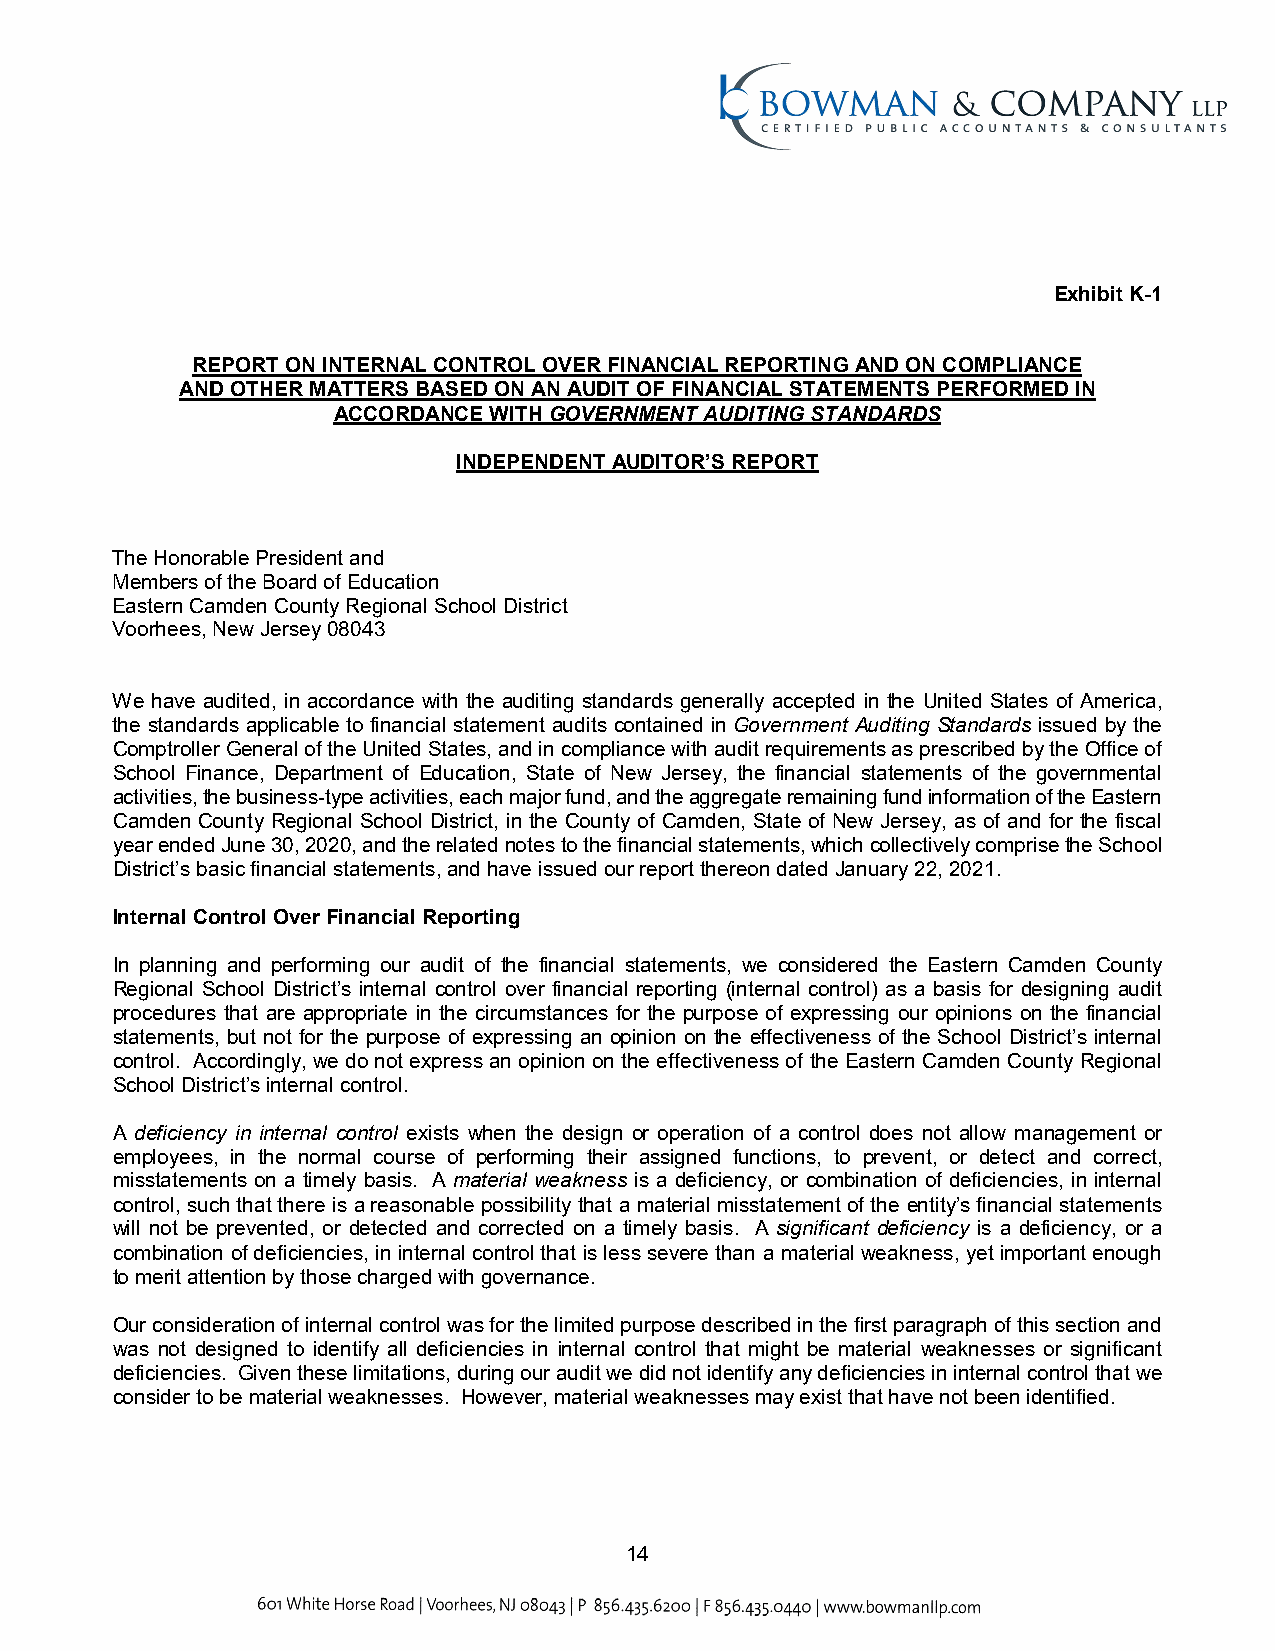
Exhibit K-1
 REPORT ON INTERNAL CONTROL OVER FINANCIAL REPORTING AND ON COMPLIANCE
 AND OTHER MATTERS BASED ON AN AUDIT OF FINANCIAL STATEMENTS PERFORMED IN
 ACCORDANCE WITH GOVERNMENT AUDITING STANDARDS
 INDEPENDENT AUDITOR’S REPORT
 The Honorable President and
 Members of the Board of Education
 Eastern Camden County Regional School District
 Voorhees, New Jersey 08043
 We have audited, in accordance with the auditing standards generally accepted in the United States of America,
 the standards applicable to financial statement audits contained in Government Auditing Standards issued by the
 Comptroller General of the United States, and in compliance with audit requirements as prescribed by the Office of
 School Finance, Department of Education, State of New Jersey, the financial statements of the governmental
 activities, the business-type activities, each major fund,and the aggregate remaining fund informationof the Eastern
 Camden County Regional School District, in the County of Camden, State of New Jersey, as of and for the fiscal
 year ended June 30, 2020, and the related notes to the financial statements, which collectivelycomprise the School
 District’s basic financial statements,and have issued our report thereon dated January 22, 2021.
 Internal Control Over Financial Reporting
 In planning and performing our audit of the financial statements, we considered the Eastern Camden County
 Regional School District’s internal control over financial reporting (internal control) as a basis for designing audit
 procedures that are appropriate in the circumstances for the purpose of expressing our opinions on the financial
 statements, but not for the purpose of expressing an opinion on the effectiveness of the School District’s internal
 control. Accordingly, we do not express an opinion on the effectiveness of the Eastern Camden County Regional
 School District’sinternal control.
 A deficiency in internal control exists when the design or operation of a control does not allow management or
 employees, in the normal course of performing their assigned functions, to prevent, or detect and correct,
 misstatements on a timely basis. A material weakness is a deficiency, or combination of deficiencies, in internal
 control, such that there is a reasonable possibility that a material misstatement of the entity’s financial statements
 will not be prevented, or detected and corrected on a timely basis. A significant deficiency is a deficiency, or a
 combination of deficiencies, in internal control that is less severe than a material weakness, yet important enough
 to merit attention by those charged with governance.
 Our consideration of internal control was for the limited purpose described in the first paragraph of this section and
 was not designed to identify all deficiencies in internal control that might be material weaknesses or significant
 deficiencies. Given these limitations, during our audit we did not identify any deficiencies in internal control that we
 consider to be material weaknesses. However, material weaknesses may exist that have not been identified.
 14